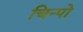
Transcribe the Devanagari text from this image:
चिन्पो